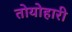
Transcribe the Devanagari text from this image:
तोयोहारी